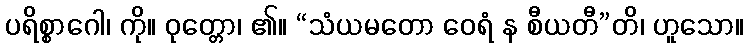
ပရိစ္စာဂေါ၊ ကို။ ဝုတ္တော၊ ၏။ “သံယမတော ဝေရံ န စီယတီ”တိ၊ ဟူသော။